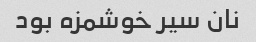
نان سیر خوشمزه بود